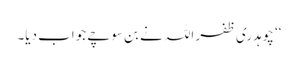
‘‘ چوہدری ظفر اللہ نے بن سوچے جواب دیا۔